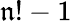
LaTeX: \mathfrak{n}!-1